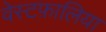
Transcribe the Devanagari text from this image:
वेस्टफ़ालिया